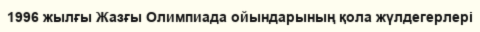
1996 жылғы Жазғы Олимпиада ойындарының қола жүлдегерлері